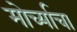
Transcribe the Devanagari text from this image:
मोर्च्याचा